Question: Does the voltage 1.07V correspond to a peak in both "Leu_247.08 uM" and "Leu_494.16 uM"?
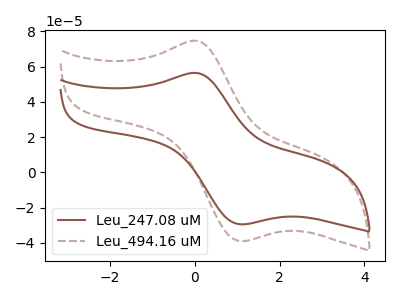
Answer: <think>The brown curve "Leu_247.08 uM" has an anodic peak at (-0.05V, 56.45uA) and a cathodic peak at (1.05V, -29.50uA). The brown dashed curve "Leu_494.16 uM" has an anodic peak at (-0.05V, 74.75uA) and a cathodic peak at (1.05V, -39.05uA).</think>
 <answer>Yes, "Leu_247.08 uM" and "Leu_494.16 uM" share a peak at 1.07V.</answer>
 <eval>match</eval>